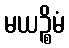
မယဉ္စိမံ